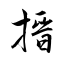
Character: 搢